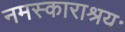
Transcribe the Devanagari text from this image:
नमस्काराश्रयः